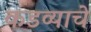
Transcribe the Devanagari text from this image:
कडव्याचे